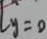
y = 0